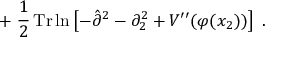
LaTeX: + \; \frac { 1 } { 2 } \, \mathrm { T r } \ln \left[ - \hat { \partial } ^ { 2 } - \partial _ { 2 } ^ { 2 } + V ^ { \prime \prime } ( \varphi ( x _ { 2 } ) ) \right] \; .